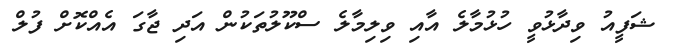
ޝަފީއު ވިދާޅުވީ ހުޅުމާލެ އާއި ވިލިމާލެ ސްކޫލުތަކުން އަދި ޖާގަ އެއްކޮށް ފުލް